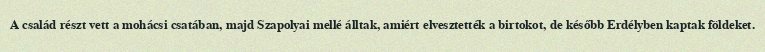
A család részt vett a mohácsi csatában, majd Szapolyai mellé álltak, amiért elvesztették a birtokot, de később Erdélyben kaptak földeket.